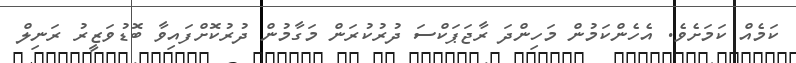
ކަމެއް ކަމަށެވެ. އެހެންކަމުން މަހިންދަ ރާޖަޕަކްސަ ދުރުކުރަން މަގާމުން ދުރުކޮށްފައިވާ ބޮޑުވަޒީރު ރަނިލް